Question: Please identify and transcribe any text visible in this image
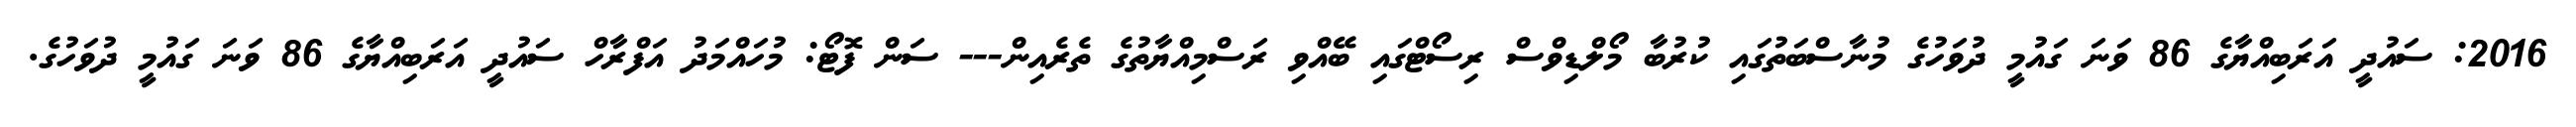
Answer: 2016: ސައުދީ އަރަބިއްޔާގެ 86 ވަނަ ގައުމީ ދުވަހުގެ މުނާސްބަތުގައި ކުރުބާ މޯލްޑިވްސް ރިސޯޓްގައި ބޭއްވި ރަސްމިއްޔާތުގެ ތެރެއިން--- ސަން ފޮޓޯ: މުހައްމަދު އަފްރާހް ސައުދީ އަރަބިއްޔާގެ 86 ވަނަ ގައުމީ ދުވަހުގެ.